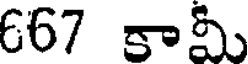
667 కామీ